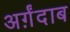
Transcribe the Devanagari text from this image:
अर्ग़ंदाब